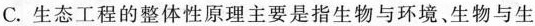
C. 生态工程的整体性原理主要是指生物与环境、生物与生